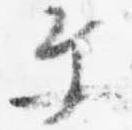
文